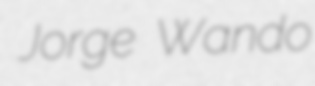
Jorge Wando